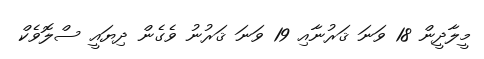
މީލާދީން 18 ވަނަ ޤަރުނާއި 19 ވަނަ ޤަރުނު ވެގެން ދިޔައީ ސްލޮވެކް